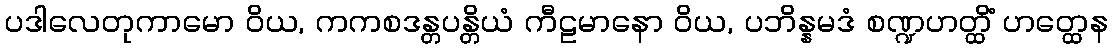
ပဒါလေတုကာမော ဝိယ, ကကစဒန္တပန္တိယံ ကီဠမာနော ဝိယ, ပဘိန္နမဒံ စဏ္ဍဟတ္ထိံ ဟတ္ထေန